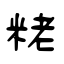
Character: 粩